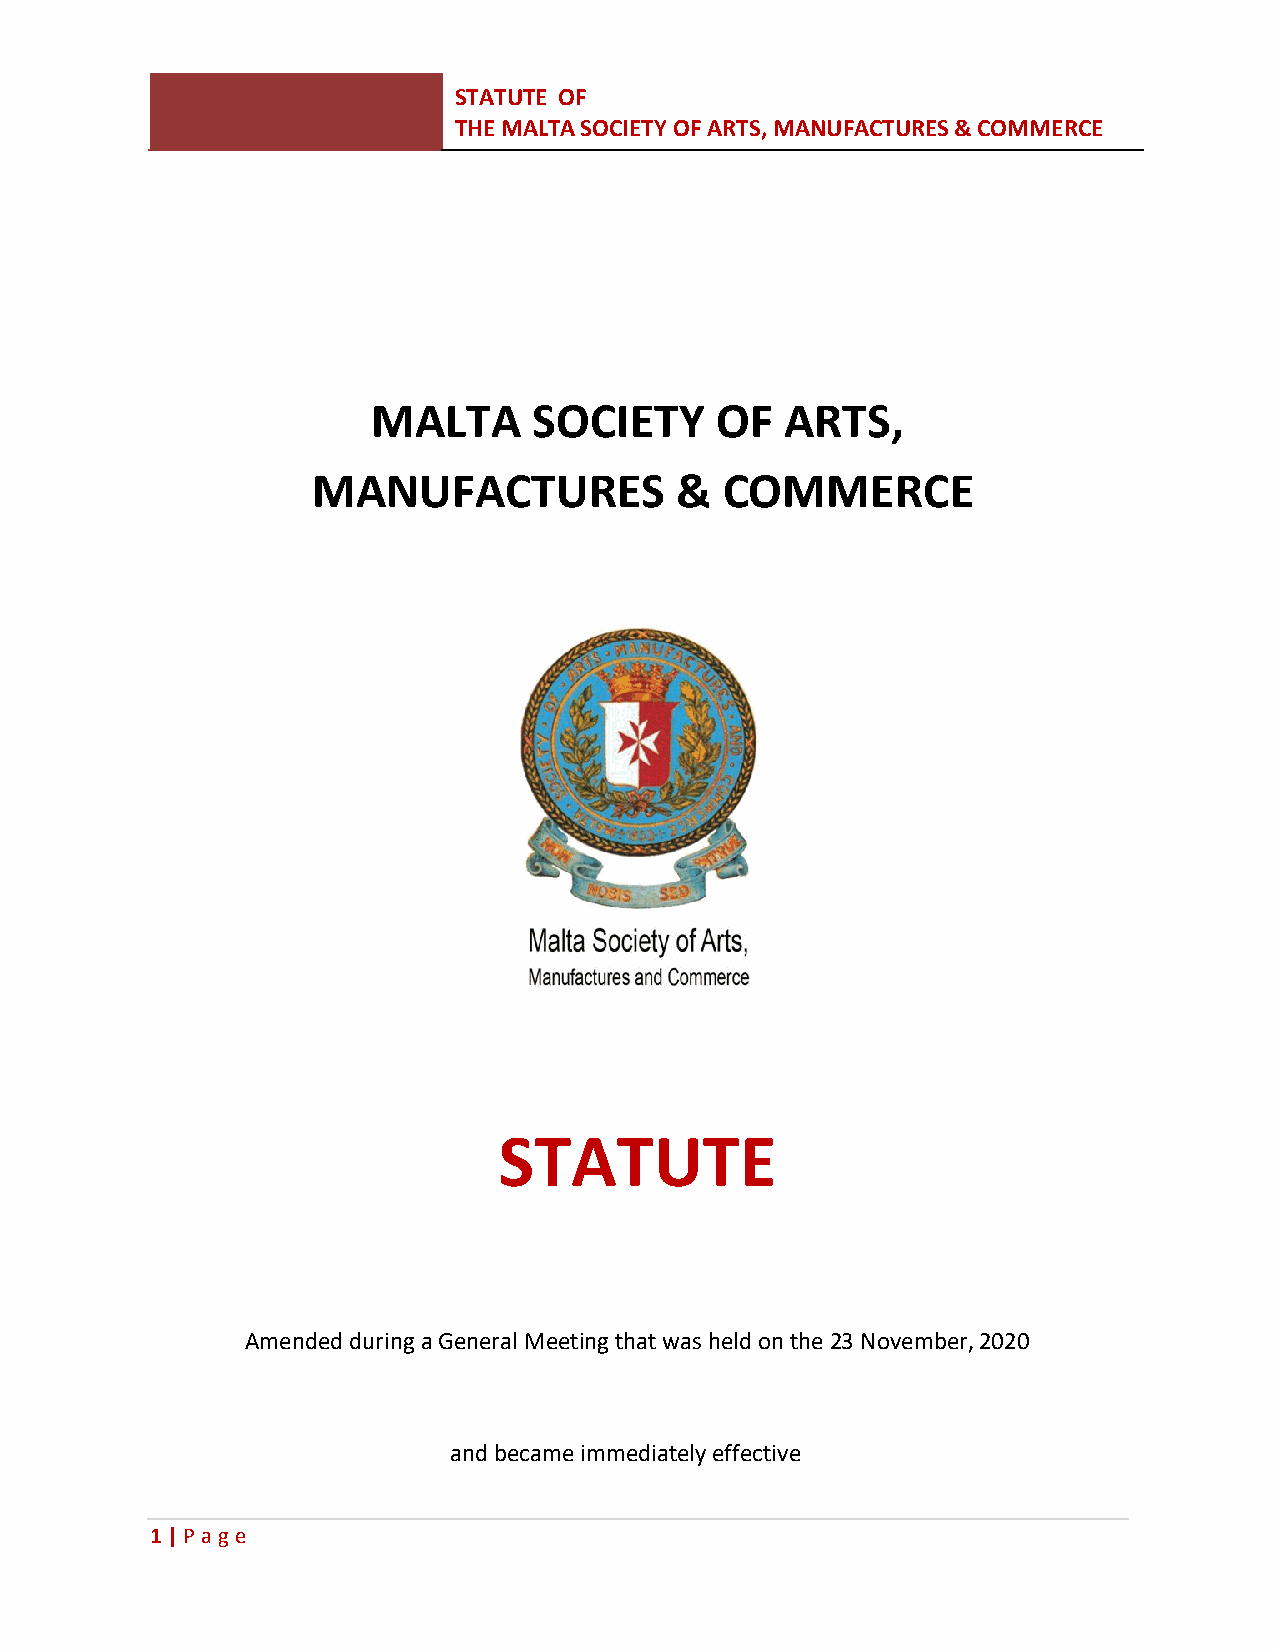
STATUTE OF
 THE MALTA SOCIETY OF ARTS, MANUFACTURES & COMMERCE
 MALTA     SOCIETY     OF   ARTS,
 MANUFACTURES            &  COMMERCE
 STATUTE
 Amended during a General Meeting that was held on the 23 November, 2020
 and became immediately effective
 1 | P age